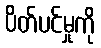
ပိတ်ပင်မှုကို